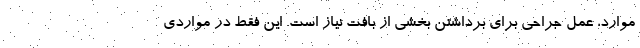
موارد، عمل جراحی برای برداشتن بخشی از بافت نیاز است. این فقط در مواردی